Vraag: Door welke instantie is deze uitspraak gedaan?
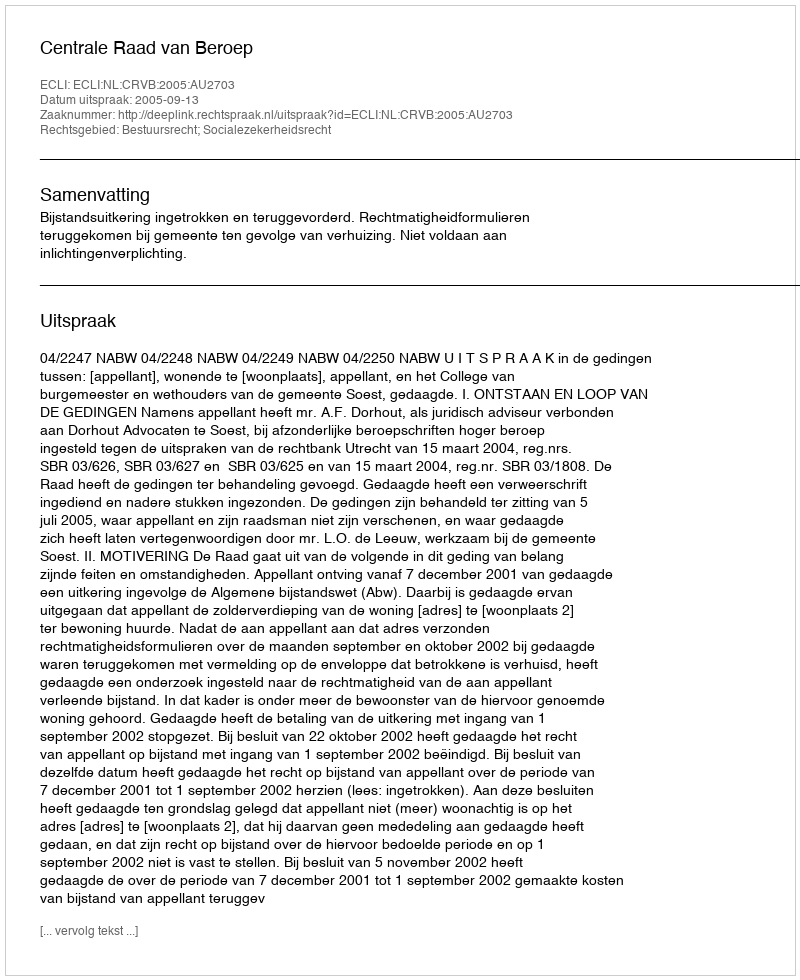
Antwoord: Centrale Raad van Beroep